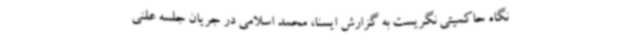
نگاه حاکمیتی نگریست به گزارش ایسنا، محمد اسلامی در جریان جلسه علنی